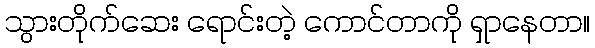
သွားတိုက်ဆေး ရောင်းတဲ့ ကောင်တာကို ရှာနေတာ။